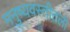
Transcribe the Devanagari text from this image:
मनुष्यवस्तीतली